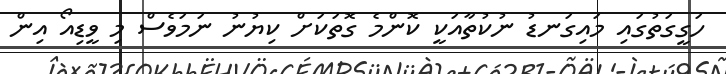
ހަގީގަތުގައި މައިގަނޑު ނުކުތާއަކީ ކޮންމެ ގޮތަކަށް ކިޔުނު ނަމަވެސް މި ވީޑިއޯ އިން